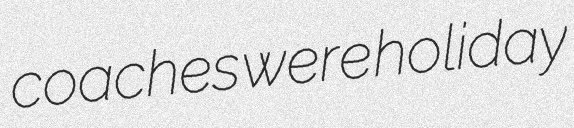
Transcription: coaches were holiday